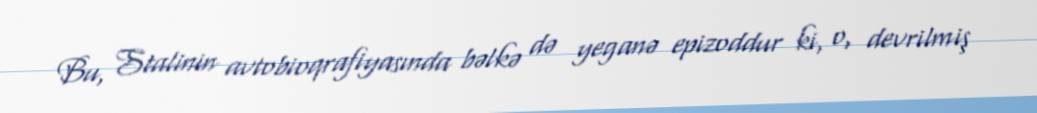
Bu, Stalinin avtobioqrafiyasında bəlkə də yeganə epizoddur ki, o, devrilmiş